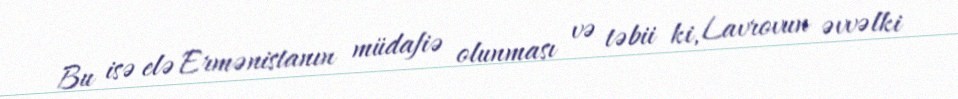
Bu isə elə Ermənistanın müdafiə olunması və təbii ki, Lavrovun əvvəlki